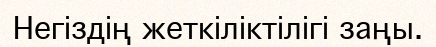
Негіздің жеткіліктілігі заңы.